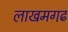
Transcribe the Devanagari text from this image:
लाखमगढ